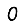
Digit: 0